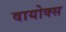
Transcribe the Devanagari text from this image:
वायोक्स